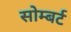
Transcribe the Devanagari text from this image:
सोम्बर्ट